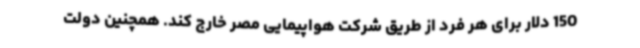
150 دلار برای هر فرد از طریق شرکت هواپیمایی مصر خارج کند. همچنین دولت